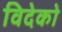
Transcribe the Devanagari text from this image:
विदेको